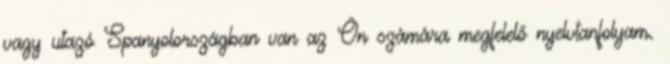
vagy utazó Spanyolországban van az Ön számára megfelelő nyelvtanfolyam.